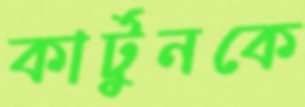
কার্টুনকে